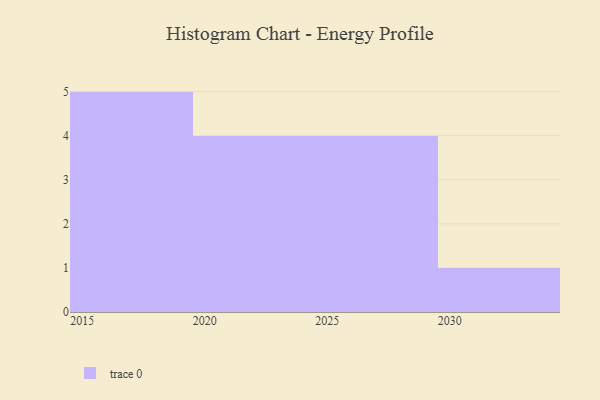
{"axis": {"x": "Year", "y": "Production Output"}, "legend": [""], "data": [{"x": "2017", "y": 99, "type": ""}, {"x": "2019", "y": 16, "type": ""}, {"x": "2028", "y": 72, "type": ""}, {"x": "2030", "y": 50, "type": ""}, {"x": "2022", "y": 8, "type": ""}, {"x": "2018", "y": 70, "type": ""}, {"x": "2023", "y": 45, "type": ""}, {"x": "2015", "y": 1, "type": ""}, {"x": "2021", "y": 65, "type": ""}, {"x": "2029", "y": 26, "type": ""}, {"x": "2027", "y": 52, "type": ""}, {"x": "2024", "y": 70, "type": ""}, {"x": "2025", "y": 8, "type": ""}, {"x": "2016", "y": 28, "type": ""}]}